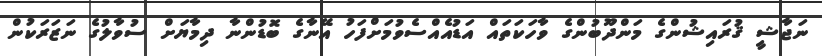
ނަޖާޝީ ޤުރައިޝުންގެ މަންދޫބުންގެ ވާހަކަތައް އަޑުއެއްސެވުމަށްފަހު އޭނާގެ ބޮޑުންނާ ދިމާޔަށް ސުވާލުގެ ނަޒަރަކުން